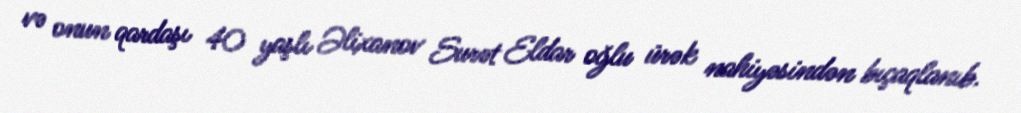
və onun qardaşı 40 yaşlı Əlixanov Surət Eldar oğlu ürək nahiyəsindən bıçaqlanıb.